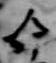
今